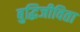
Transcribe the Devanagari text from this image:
बुद्धिजीविता